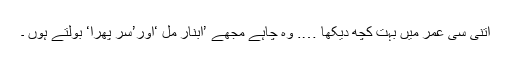
اتنی سی عمر میں بہت کچھ دیکھا …. وہ چاہے مجھے ’ابنار مل ‘اور’سر پھرا‘ بولتے ہوں ۔